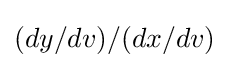
(dy/dv)/(dx/dv)